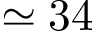
\simeq 3 4